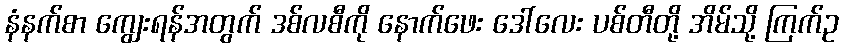
နံနက်စာ ကျွေးရန်အတွက် ဒစ်လစီကို နောက်ဖေး ဒေါ်လေး ပစ်တီတို့ အိမ်သို့ ကြက်ဥ